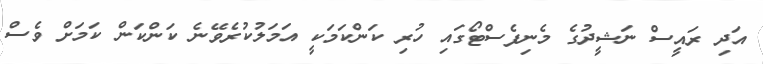
އަދި ރައީސް ނަޝީދުގެ މެނިފެސްޓޯގައި ހުރި ކަންކަމަކީ އަމަލުކުރެވޭނެ ކަންކަން ކަމަށް ވެސް